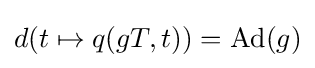
d(t\mapsto q(gT,t))=\operatorname {Ad} (g)